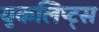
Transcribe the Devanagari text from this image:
युकलिप्ट्स